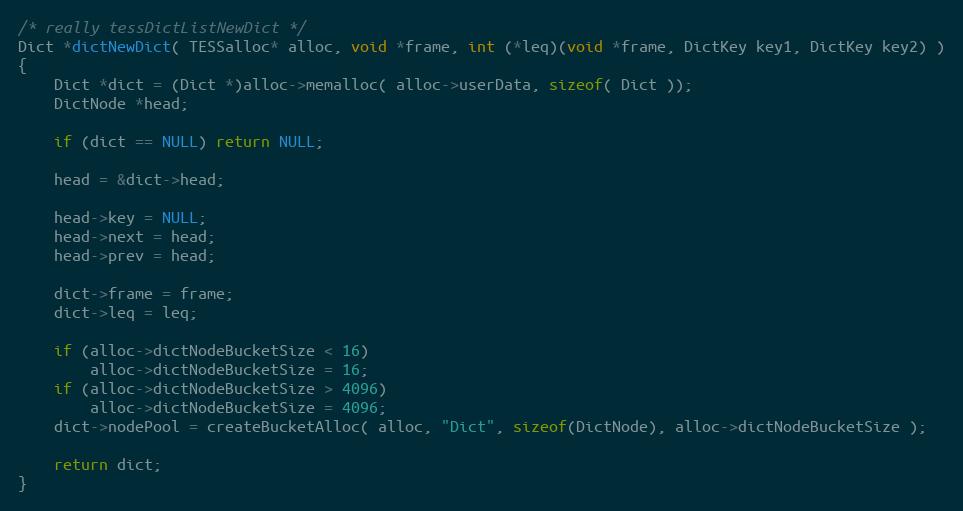
Language: C
/* really tessDictListNewDict */
Dict *dictNewDict( TESSalloc* alloc, void *frame, int (*leq)(void *frame, DictKey key1, DictKey key2) )
{
	Dict *dict = (Dict *)alloc->memalloc( alloc->userData, sizeof( Dict ));
	DictNode *head;

	if (dict == NULL) return NULL;

	head = &dict->head;

	head->key = NULL;
	head->next = head;
	head->prev = head;

	dict->frame = frame;
	dict->leq = leq;

	if (alloc->dictNodeBucketSize < 16)
		alloc->dictNodeBucketSize = 16;
	if (alloc->dictNodeBucketSize > 4096)
		alloc->dictNodeBucketSize = 4096;
	dict->nodePool = createBucketAlloc( alloc, "Dict", sizeof(DictNode), alloc->dictNodeBucketSize );

	return dict;
}